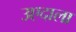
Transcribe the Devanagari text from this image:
उएदाला